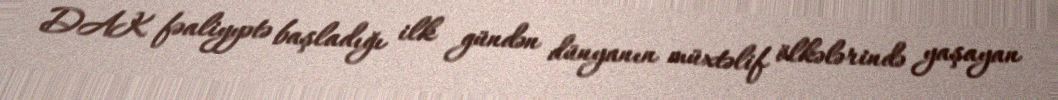
DAK fəaliyyətə başladığı ilk gündən dünyanın müxtəlif ölkələrində yaşayan